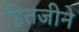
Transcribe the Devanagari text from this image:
हितजीने